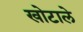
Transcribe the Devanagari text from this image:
खोटाले